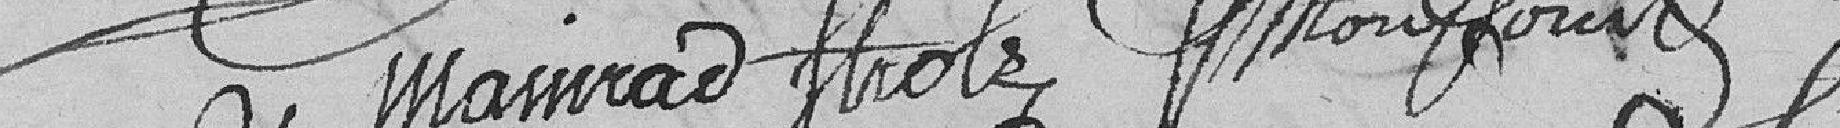
MAINRAD  STROLZ    ????